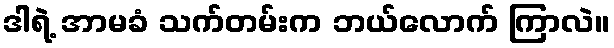
ဒါရဲ့ အာမခံ သက်တမ်းက ဘယ်လောက် ကြာလဲ။